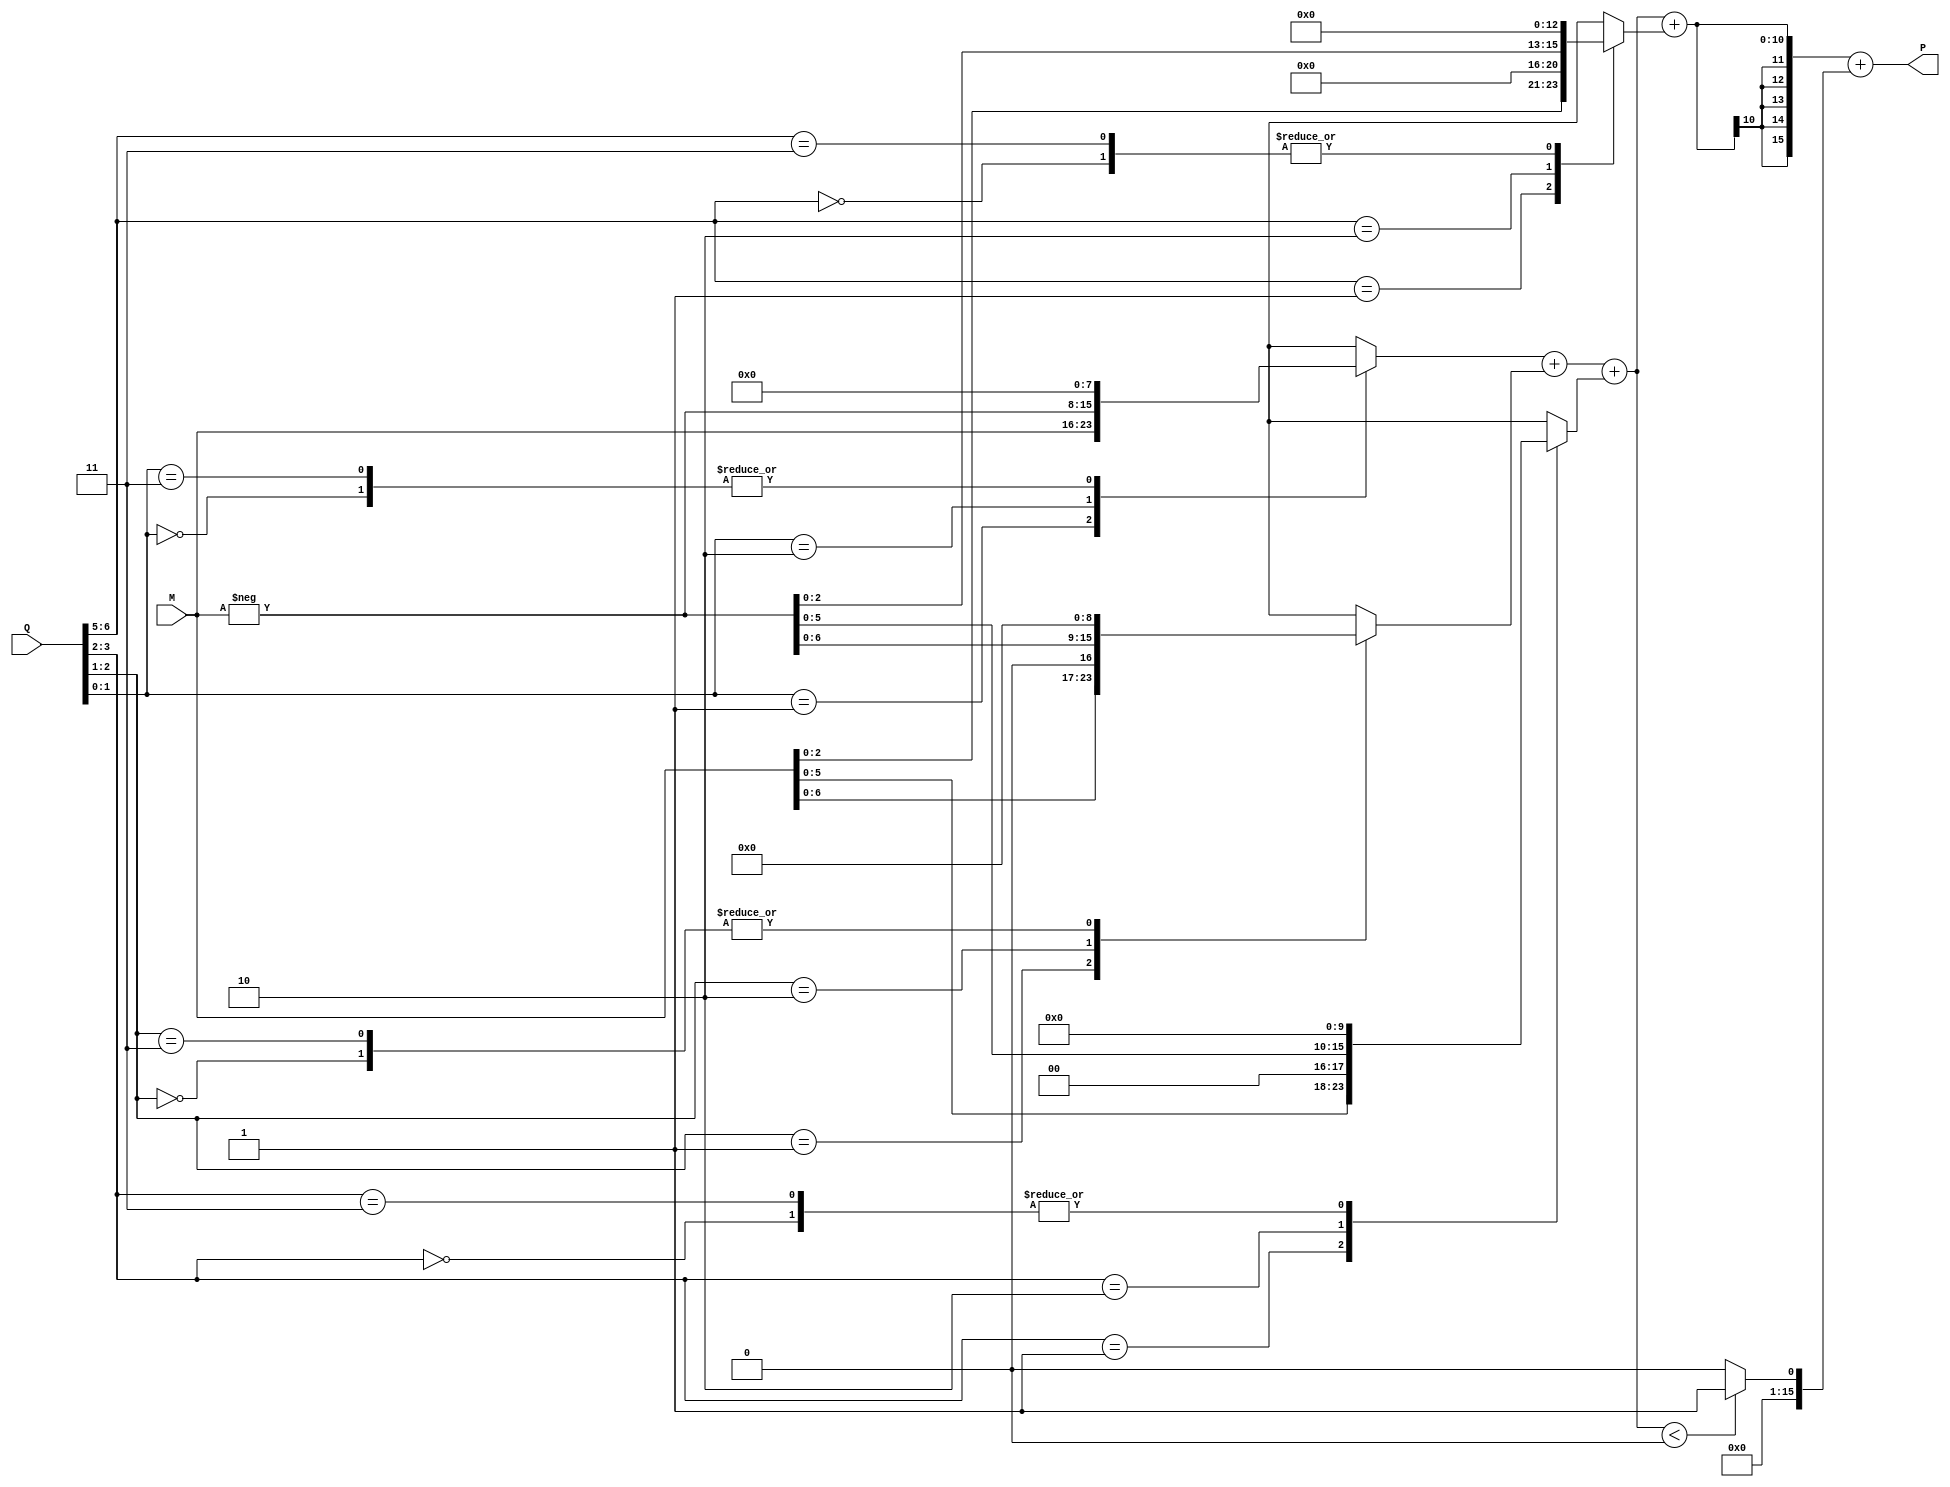
module booth_multiplier #(
    parameter WIDTH = 8 // Width of multiplicand and multiplier
)(
    input  wire signed [WIDTH-1:0] M, // Multiplicand
    input  wire signed [WIDTH-1:0] Q, // Multiplier
    output wire signed [(2*WIDTH)-1:0] P // Product
);

    // Booth encoding
    reg signed [WIDTH-1:0] partial_products [0:WIDTH]; // Store partial products
    reg [WIDTH:0] Q_temp; // Temporary register for multiplier with extra bit for Booth
    integer i;

    always @(*) begin
        Q_temp = {1'b0, Q}; // Extend Q with an additional bit for Booth encoding
        for (i = 0; i < WIDTH; i = i + 1) begin
            case (Q_temp[i+1:i])
                2'b00: partial_products[i] = 0;           // No operation
                2'b01: partial_products[i] = M << i;      // Add M
                2'b10: partial_products[i] = -M << i;     // Subtract M
                2'b11: partial_products[i] = 0;           // No operation (hold previous)
            endcase
        end
    end

    // Wallace tree reduction
    wire signed [(2*WIDTH)-1:0] sum [0:(WIDTH/3)]; // Intermediate sums
    wire signed [(2*WIDTH)-1:0] carry [0:(WIDTH/3)]; // Intermediate carries

    // Initial assignment of partial products
    assign sum[0] = partial_products[0] + partial_products[1];
    assign carry[0] = 0;

    // Wallace tree reduction logic
    generate
        genvar j;
        for (j = 0; j < WIDTH/3; j = j + 1) begin: reduction
            if (3*j+2 < WIDTH) begin
                assign sum[j+1] = sum[j] + partial_products[3*j+2];
                assign carry[j+1] = (sum[j] < 0) ? 1 : 0; // Carry generation
            end else if (3*j+1 < WIDTH) begin
                assign sum[j+1] = sum[j] + partial_products[3*j+1];
                assign carry[j+1] = (sum[j] < 0) ? 1 : 0; // Carry generation
            end
        end
    endgenerate

    // Final addition stage
    wire signed [(2*WIDTH)-1:0] final_sum;
    assign final_sum = sum[WIDTH/3] + carry[WIDTH/3];

    assign P = final_sum; // Output product

endmodule